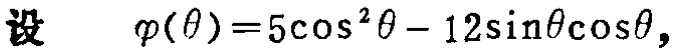
设 $\varphi(\theta)=5\cos^{2}\theta - 12\sin\theta\cos\theta,$